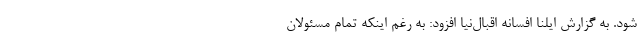
شود. به گزارش ایلنا افسانه اقبال‌نیا افزود: به‌ رغم اینکه تمام مسئولان